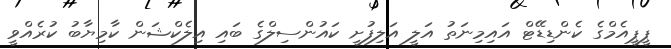
ޕީޕީއެމްގެ ކެންޑިޑޭޓް އައިމިނަތު އަލީ އަލިފުށީ ކައުންސިލްގެ ބައި އިލެކްޝަން ކާމިޔާބު ކުރެއްވީ